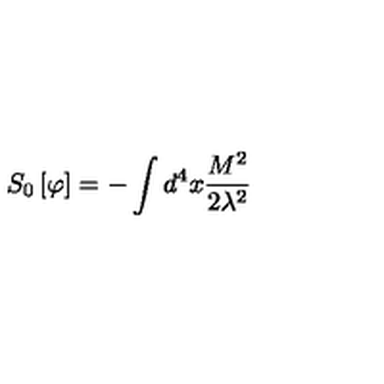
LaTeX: S _ { 0 } \left[ \varphi \right] = - \int d ^ { 4 } x \frac { M ^ { 2 } } { 2 \lambda ^ { 2 } }